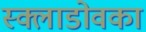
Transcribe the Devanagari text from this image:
स्क्लाडोवका